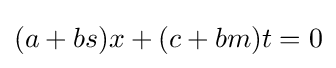
(a+bs)x+(c+bm)t=0